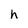
Character: h